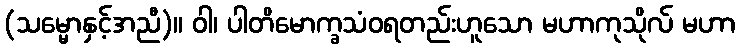
(သမ္မောနှင့်အညီ)။ ဝါ၊ ပါတိမောက္ခသံဝရတည်းဟူသော မဟာကုသိုလ် မဟာ